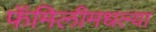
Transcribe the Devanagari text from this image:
फॅमिलीमधल्या